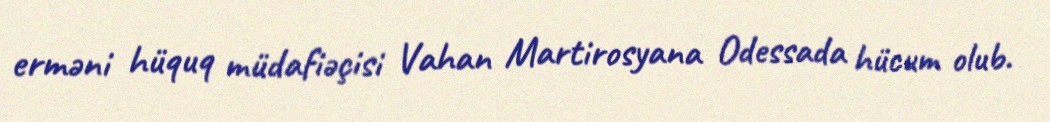
erməni hüquq müdafiəçisi Vahan Martirosyana Odessada hücum olub.